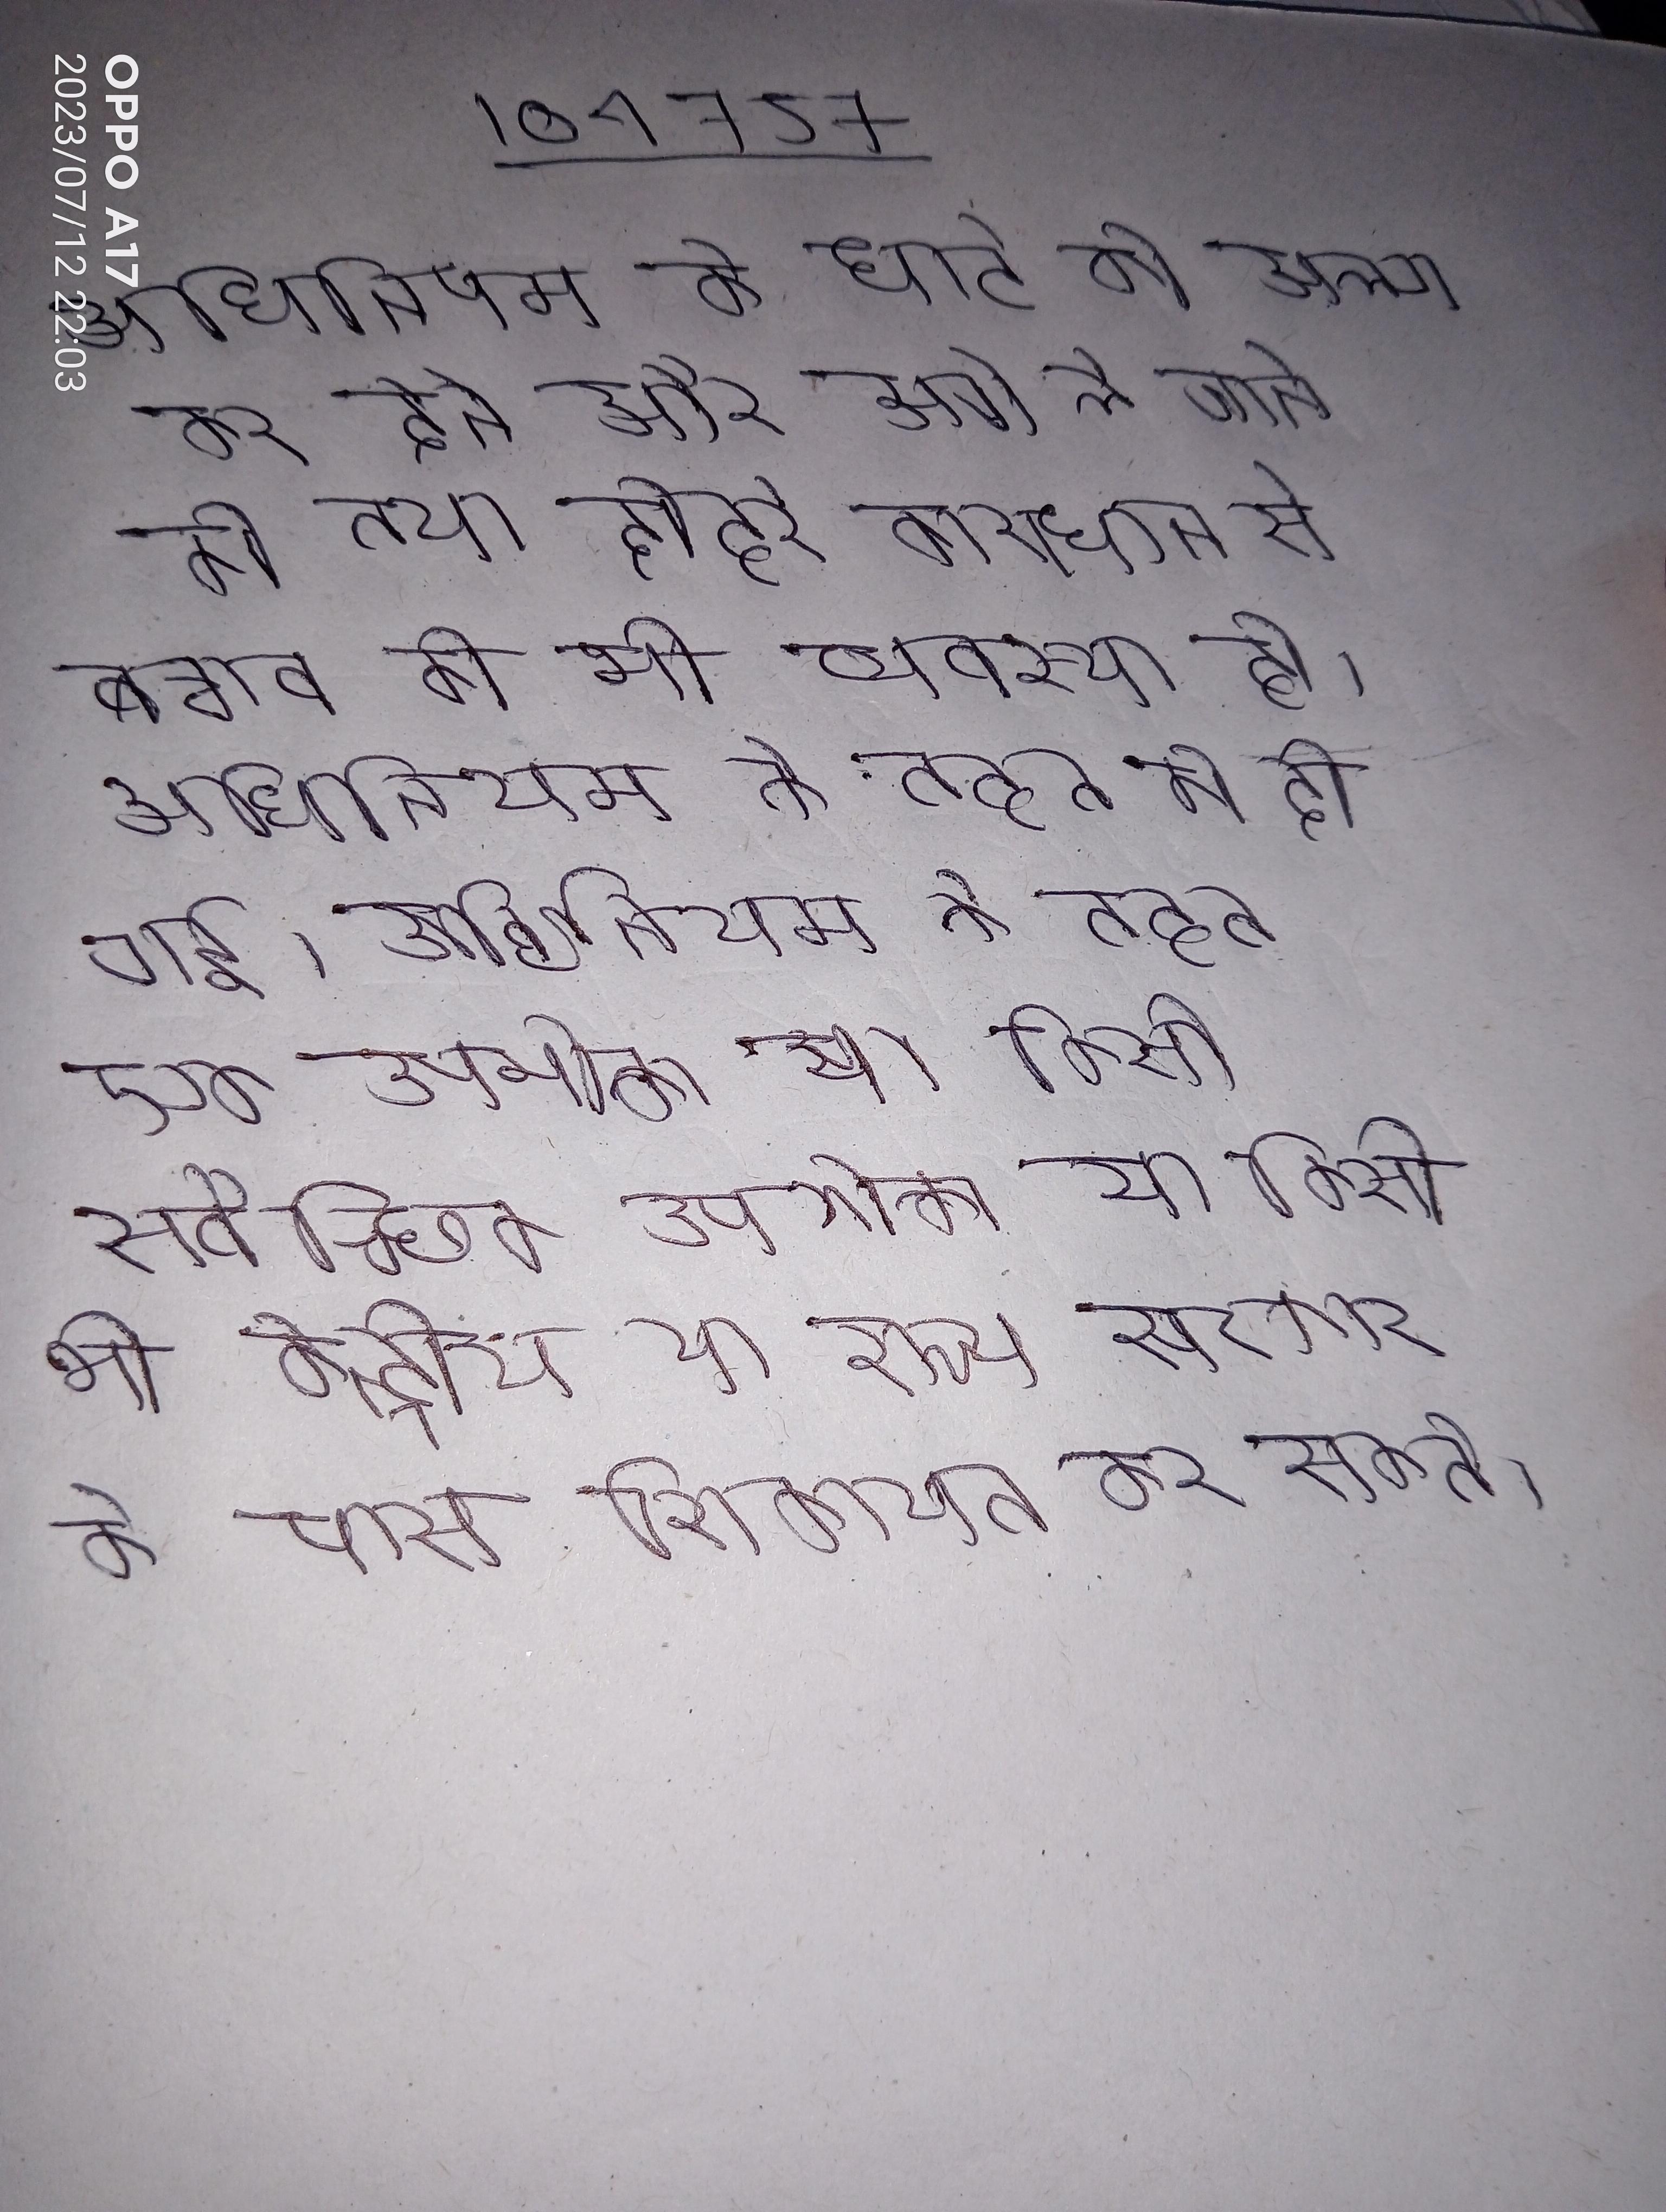
अधिनियम के घाटे को अलग कर देने और आगे ले जाने की तथा दोहरे कराधान से बचाव की भी व्यवस्था है । अधिनियम के तहत को दी गई । अधिनियम के तहत एक उपभोक्ता या किसी स्वैच्छिक उपभोक्ता या किसी भी केन्द्रीय या राज्य सरकार के पास शिकायत कर सकते ।